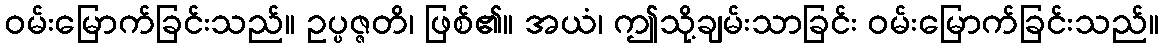
ဝမ်းမြောက်ခြင်းသည်။ ဥပ္ပဇ္ဇတိ၊ ဖြစ်၏။ အယံ၊ ဤသို့ချမ်းသာခြင်း ဝမ်းမြောက်ခြင်းသည်။